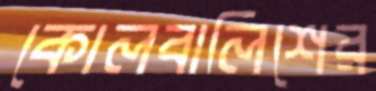
কোলবালিশের